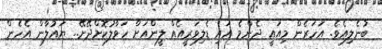
ބުނެލިއެވެ. އަހަރެން މިއައީ ދެންމެ އައި ޑެލިވަރީއެއް ލީންއަށް ހަވާލުކޮށްދޭށޭ.. ޔައުލާން އެހެން